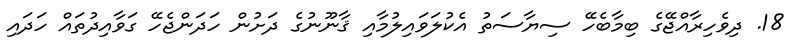
18. ދިވެހިރާއްޖޭގެ ބިމާބެހޭ ސިޔާސަތު އެކުލަވައިލުމާއި ޤާނޫނުގެ ދަށުން ހަދަންޖެހޭ ގަވާއިދުތައް ހަދައި